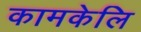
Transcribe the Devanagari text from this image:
कामकेलि